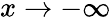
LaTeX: x\rightarrow-\infty